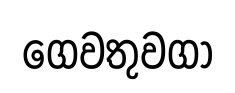
ගෙවතුවගා